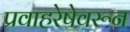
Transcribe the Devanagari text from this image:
प्रवाहरेषेवरून